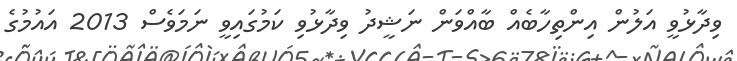
ވިދާޅުވީ އަލުން އިންތިހާބެއް ބާއްވަން ނަޝީދު ވިދާޅުވި ކަމުގައިވީ ނަމަވެސް 2013 އައުމުގެ